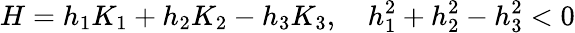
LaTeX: H=h_{1}K_{1}+h_{2}K_{2}-h_{3}K_{3},\quad h_{1}^{2}+h_{2}^{2}-h_{3}^{2}<0